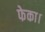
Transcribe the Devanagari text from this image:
फेका।